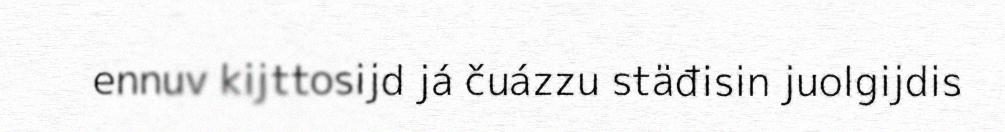
ennuv kijttosijd já čuázzu stäđisin juolgijdis